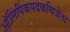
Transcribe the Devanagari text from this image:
ऑलिंपिकपदकविजेता